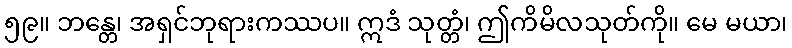
၅၉။ ဘန္တေ၊ အရှင်ဘုရားကဿပ။ ဣဒံ သုတ္တံ၊ ဤကိမိလသုတ်ကို။ မေ မယာ၊